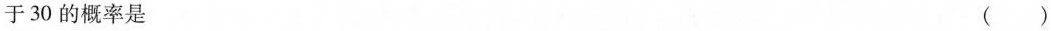
于30的概率是 ( )